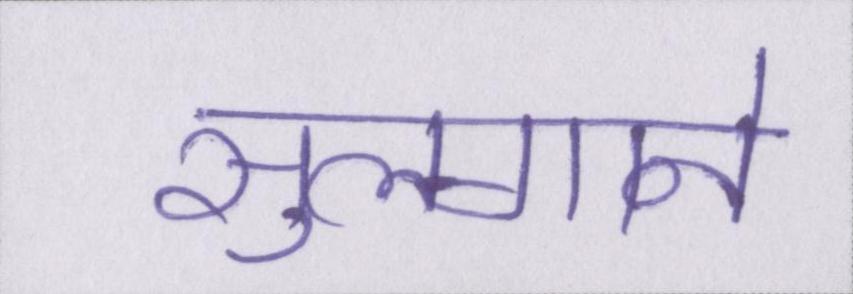
सुलगाने